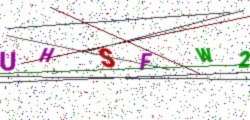
Text: UHSFW2